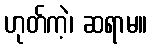
ဟုတ်ကဲ့၊ ဆရာမ။